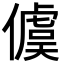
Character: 𪝭